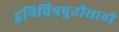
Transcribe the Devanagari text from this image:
द्वनिचित्रपुतीसाठी